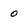
Character: 0